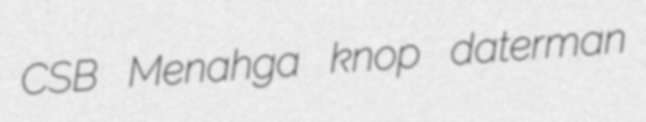
CSB Menahga knop daterman